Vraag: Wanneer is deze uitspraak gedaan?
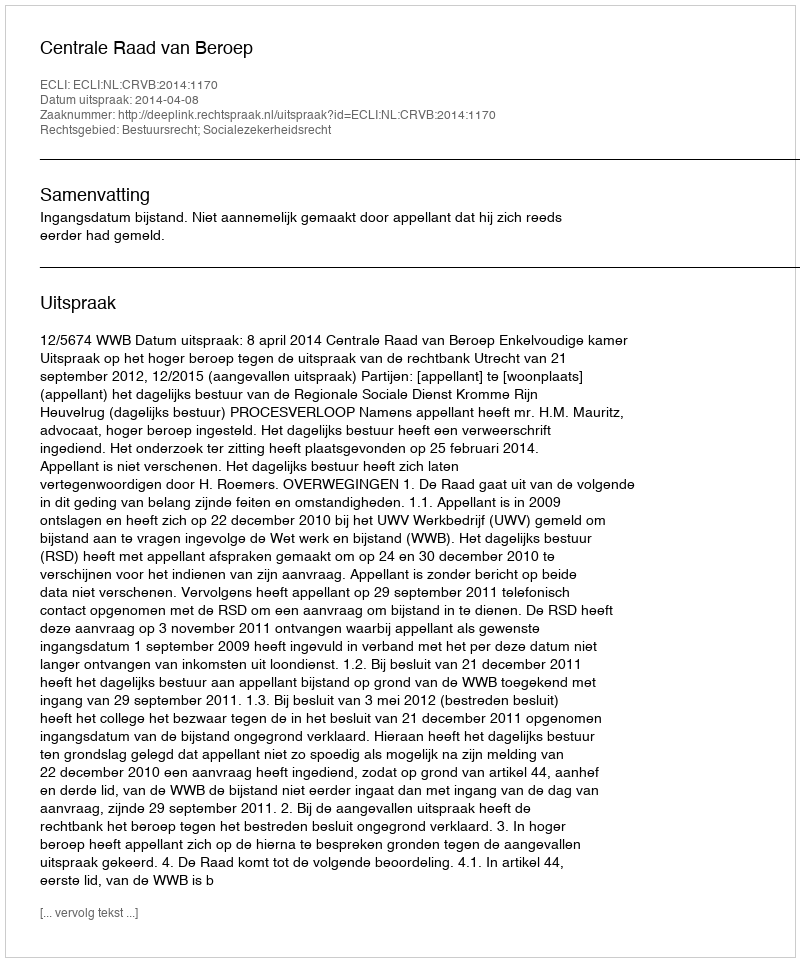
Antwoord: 2014-04-08